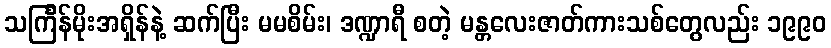
သင်္ကြန်မိုးအရှိန်နဲ့ ဆက်ပြီး မမစိမ်း၊ ဒဏ္ဍာရီ စတဲ့ မန္တလေးဇာတ်ကားသစ်တွေလည်း ၁၉၉၀